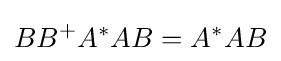
BB^{+}A^{*}AB=A^{*}AB